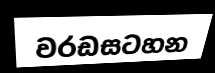
වරඩසටහන